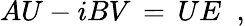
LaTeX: AU-iBV\, =\, UE\; \; ,